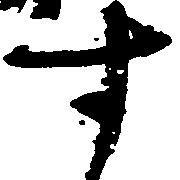
す